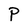
Character: P